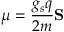
{ \boldsymbol { \mu } } = { \frac { g _ { s } q } { 2 m } } \mathbf { S }